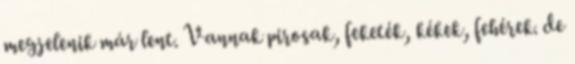
megjelenik már lent. Vannak pirosak, feketék, kékek, fehérek. de